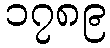
၁၇၈၉